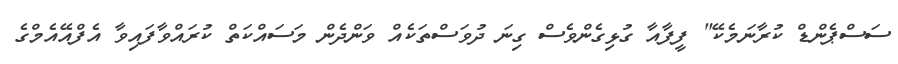
ސަސްޕެންޑް ކުރާނަމެކޭ" ފީފާއާ ގުޅިގެންވެސް ގިނަ ދުވަސްތަކެއް ވަންދެން މަސައްކަތް ކުރައްވާފައިވާ އެފްއޭއެމްގެ